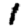
Digit: 1